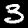
Label: 3